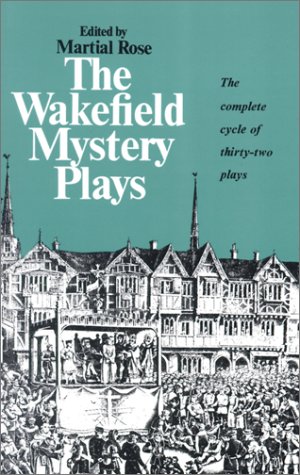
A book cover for The Wakefield Mystery Plays (Norton Library; N483); Literature & Fiction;